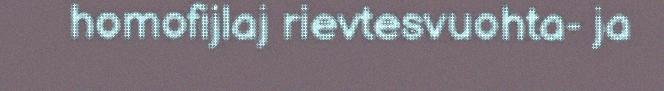
homofijlaj rievtesvuohta- ja